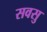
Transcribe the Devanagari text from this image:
सवसु